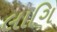
લાગિ